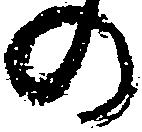
の